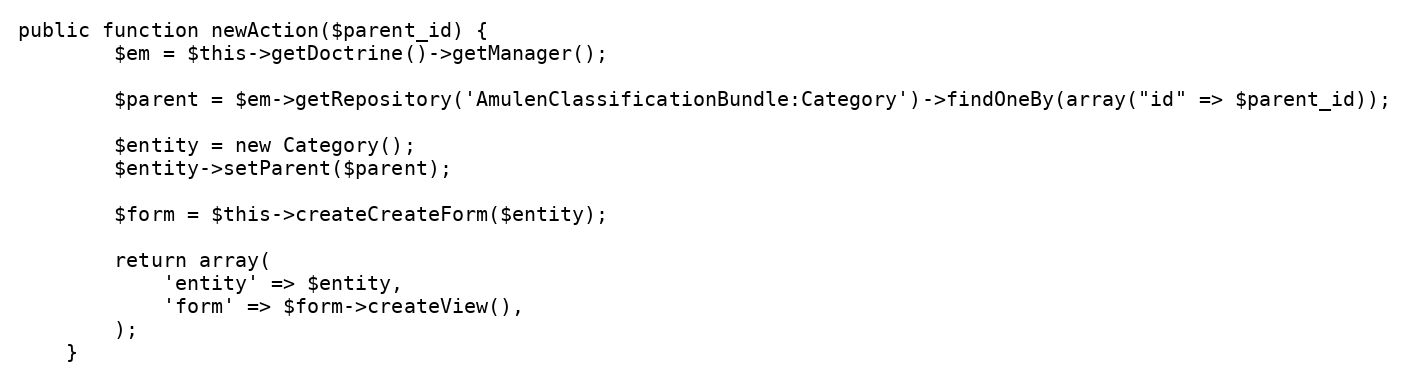
Language: PHP
public function newAction($parent_id) {
        $em = $this->getDoctrine()->getManager();

        $parent = $em->getRepository('AmulenClassificationBundle:Category')->findOneBy(array("id" => $parent_id));

        $entity = new Category();
        $entity->setParent($parent);

        $form = $this->createCreateForm($entity);

        return array(
            'entity' => $entity,
            'form' => $form->createView(),
        );
    }